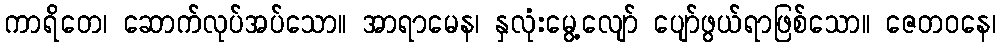
ကာရိတေ၊ ဆောက်လုပ်အပ်သော။ အာရာမေန၊ နှလုံးမွေ့လျော် ပျော်ဖွယ်ရာဖြစ်သော။ ဇေတဝနေ၊